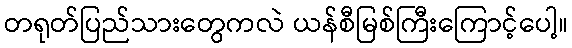
တရုတ်ပြည်သားတွေကလဲ ယန်စီမြစ်ကြီးကြောင့်ပေါ့။